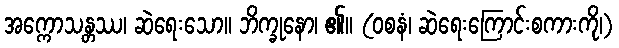
အက္ကောသန္တဿ၊ ဆဲရေးသော။ ဘိက္ခုနော၊ ၏။ (ဝစနံ၊ ဆဲရေးကြောင်းစကားကို၊)